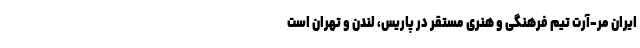
ایران مَر-آرت تیمِ فرهنگی و هنریِ مستقر در پاریس، لندن و تهران است